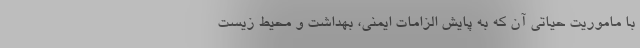
با ماموریت حیاتی آن که به پایش الزامات ایمنی، بهداشت و محیط زیست